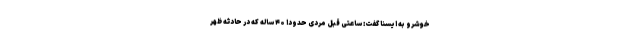
خوشرو به ایسنا گفت: ساعتی قبل مردی حدودا ۴۰ ساله‌ که در حادثه ظهر